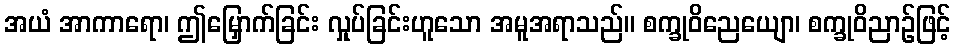
အယံ အာကာရော၊ ဤမြှောက်ခြင်း လှုပ်ခြင်းဟူသော အမူအရာသည်။ စက္ခုဝိညေယျော၊ စက္ခုဝိညာဉ်ဖြင့်